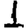
Digit: 1